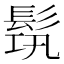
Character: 𩬰